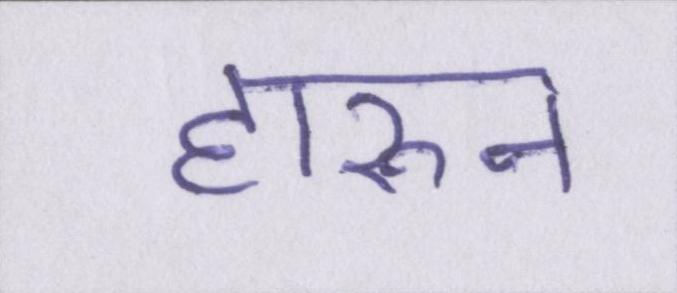
हारुन